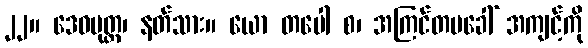
၂၂။ ဒေဝပုတ္တ၊ နတ်သား။ ယော တပေါ စ၊ အကြင်တပခေါ် အကျင့်ကို